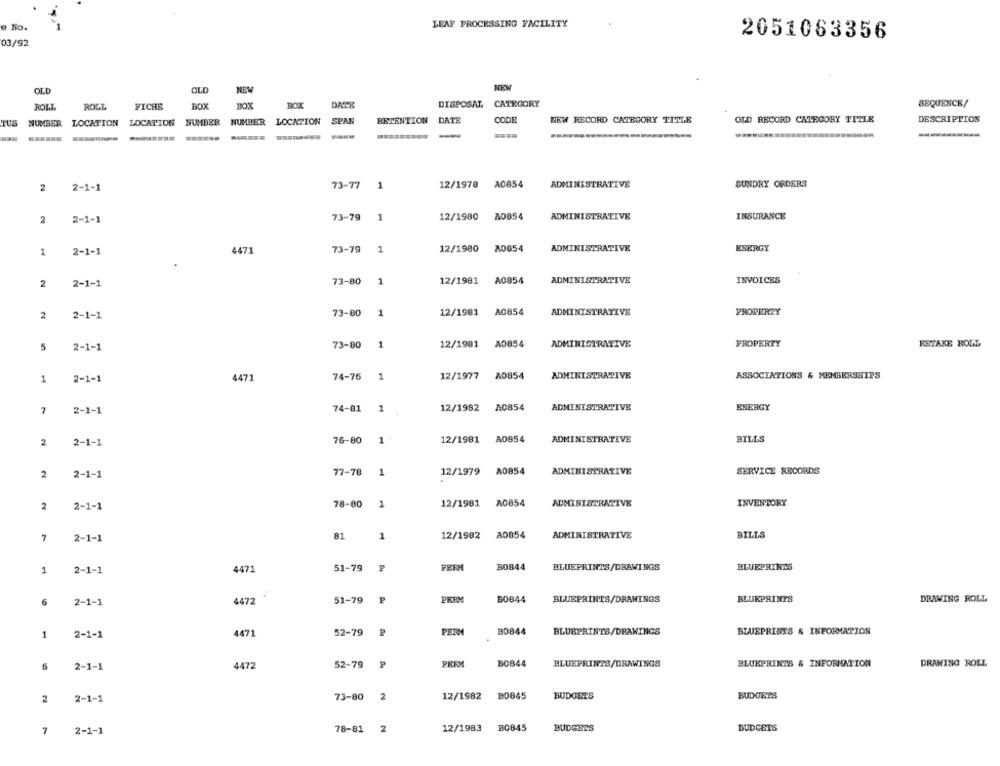
LEAF PROCESSING FACILITY
e No.
2051063356
03/92
OLD
OLD
NEW
ROLL.
ROLL
FICHE
BOX
BOX
BOX
DATE
DISPOSAL
CATEGORY
SEQUENCE/
TUS
NUMBER LOCATION
LOCATION NUMBER NUMBER
LOCATION
SPAN
RETENTION DATE
CODE
NEW RECORD CATEGORY TITLE
OLD RECORD CATEGORY TITLE
DESCRIPTION
-----
73-77
1
12/1978
A0854
ADMINISTRATIVE
SUNDRY ORDERS
2
2-1-1
73-79
INSURANCE
2
2-1-1
1
12/1980
A0854
ADMINISTRATIVE
1
2-1-1
4471
73-79
1
12/1980
A0854
ADMINISTRATIVE
ENERGY
2
2-1-1
73-80
1
12/1981
A0854
ADMINISTRATIVE
INVOICES
2
2-1-1
73-80
1
12/1981
A0854
ADMINISTRATIVE
PROPERTY
73-80
1
12/1981
A0854
ADMINISTRATIVE
PROPERTY
RETAKE ROLL
5
2-1-1
74-76
1
12/1977
A0854
ADMINISTRATIVE
ASSOCIATIONS & MEMBERSHIPS
1
2-1-1
4471
12/1982
A0854
ADMINISTRATIVE
ENERGY
7
2-1-1
74-81
1
2
2-1-1
76-80
12/1981
A0854
ADMINISTRATIVE
BILLS
2
2-1-1
77-78
1
12/1979
A0854
ADMINISTRATIVE
SERVICE RECORDS
2
2-1-1
78-80
1
12/1981
A0854
ADMINISTRATIVE
INVENTORY
81
1
12/1982
A0854
ADMINISTRATIVE
BILLS
7
2-1-1
51-79
P
PERM
B0844
BLUEPRINTS/DRAWINGS
BLUEPRINTS
1
2-1-1
4471
6
2-1-1
4472
51-79 ₽
PER
BO844
BLUEPRINTS/DRAWINGS
BLUEPRINTS
DRAWING ROLL
1
2-1-1
4471
52-79
PEIN
B0844
BLUEPRINTS/DRAWINGS
BLUEPRINTS & INFORMATION
6
2-1-1
4472
52-79
P
PREM
B0844
BLUEPRINTS/DRAWINGS
BLUEPRINTS & INFORMATION
DRAWING ROLL
2-1-1
73-80
2
12/1982
B0845
BUDGETS
BUDGETS
2
78-81
2
12/1983
B0845
BUDGETS
BUDGETS
7
2-1-1